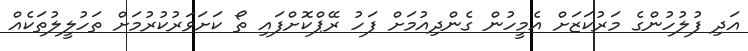
އަދި ފުލުހުންގެ މަރުކަޒަށް އެމީހުން ގެންދިއުމަށް ފަހު ރޭޕްކޮށްފައި ތޯ ކަށަވަރުކުރުމަށް ތަހުލީލުތަކެއް